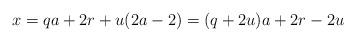
LaTeX: \begin{align*}x & = q a + 2 r + u (2a -2) = (q +2 u) a + 2 r - 2 u\end{align*}